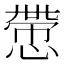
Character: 慸